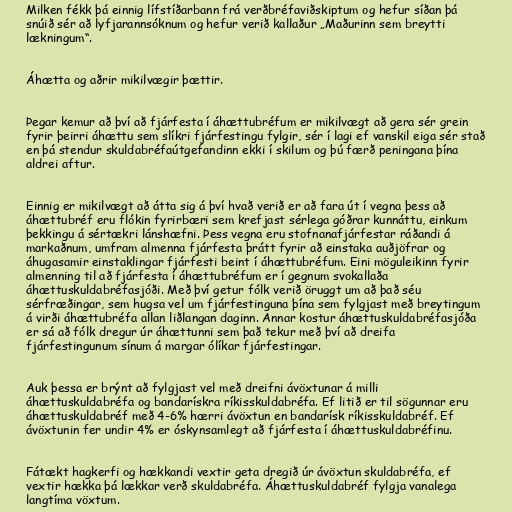
Milken fékk þá einnig lífstíðarbann frá verðbréfaviðskiptum og hefur síðan þá
snúið sér að lyfjarannsóknum og hefur verið kallaður „Maðurinn sem breytti
lækningum“.

Áhætta og aðrir mikilvægir þættir.

Þegar kemur að því að fjárfesta í áhættubréfum er mikilvægt að gera sér grein
fyrir þeirri áhættu sem slíkri fjárfestingu fylgir, sér í lagi ef vanskil eiga sér stað
en þá stendur skuldabréfaútgefandinn ekki í skilum og þú færð peningana þína
aldrei aftur.

Einnig er mikilvægt að átta sig á því hvað verið er að fara út í vegna þess að
áhættubréf eru flókin fyrirbæri sem krefjast sérlega góðrar kunnáttu, einkum
þekkingu á sértækri lánshæfni. Þess vegna eru stofnanafjárfestar ráðandi á
markaðnum, umfram almenna fjárfesta þrátt fyrir að einstaka auðjöfrar og
áhugasamir einstaklingar fjárfesti beint í áhættubréfum. Eini möguleikinn fyrir
almenning til að fjárfesta í áhættubréfum er í gegnum svokallaða
áhættuskuldabréfasjóði. Með því getur fólk verið öruggt um að það séu
sérfræðingar, sem hugsa vel um fjárfestinguna þína sem fylgjast með breytingum
á virði áhættubréfa allan liðlangan daginn. Annar kostur áhættuskuldabréfasjóða
er sá að fólk dregur úr áhættunni sem það tekur með því að dreifa
fjárfestingunum sínum á margar ólíkar fjárfestingar.

Auk þessa er brýnt að fylgjast vel með dreifni ávöxtunar á milli
áhættuskuldabréfa og bandarískra ríkisskuldabréfa. Ef litið er til sögunnar eru
áhættuskuldabréf með 4-6% hærri ávöxtun en bandarísk ríkisskuldabréf. Ef
ávöxtunin fer undir 4% er óskynsamlegt að fjárfesta í áhættuskuldabréfinu.

Fátækt hagkerfi og hækkandi vextir geta dregið úr ávöxtun skuldabréfa, ef
vextir hækka þá lækkar verð skuldabréfa. Áhættuskuldabréf fylgja vanalega
langtíma vöxtum.